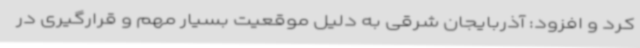
کرد و افزود: آذربایجان شرقی به دلیل موقعیت بسیار مهم و قرارگیری در